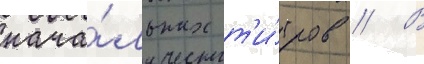
нача́льных т'и́тров // В